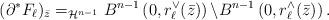
LaTeX: \begin{align*} ( \partial^{*} F_{\ell})_{\bar{z}} =_{\mathcal{H}^{n-1}} B^{n-1} \left( 0 , r_{\ell}^{\vee}(\bar{z})\right) \backslash B^{n-1} \left( 0 , r_{\ell}^{\wedge}(\bar{z})\right).\end{align*}